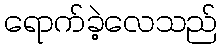
ရောက်ခဲ့လေသည်